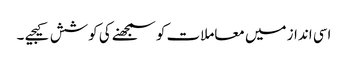
اسی انداز میں معاملات کو سمجھنے کی کوشش کیجیے ۔